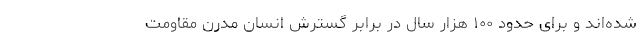
شده‌اند و برای حدود ۱۰۰ هزار سال در برابر گسترش انسان مدرن مقاومت